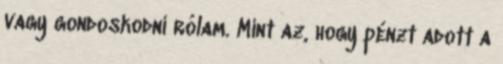
vagy gondoskodni rólam. Mint az, hogy pénzt adott a